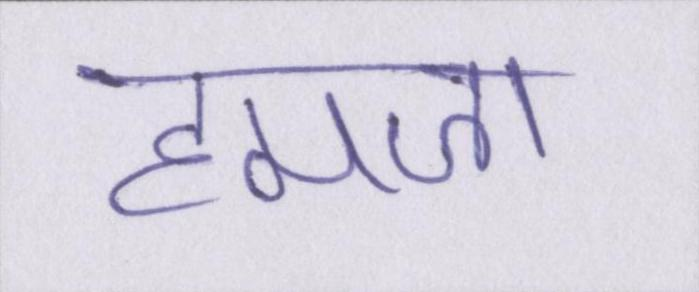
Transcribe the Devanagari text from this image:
हमजा